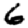
Digit: 6